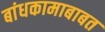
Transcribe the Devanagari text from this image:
बांधकामाबाबत